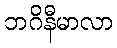
ဘဂိနီမာလာ